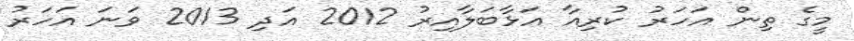
މީގެ ތިން އަހަރު ކުރިއާ އަޅާބަލާއިރު 2012 އަދި 2013 ވަނަ އަހަރު